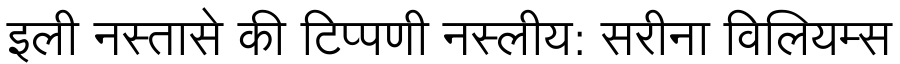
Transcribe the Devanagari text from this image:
इली नस्तासे की टिप्पणी नस्लीय: सरीना विलियम्स